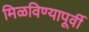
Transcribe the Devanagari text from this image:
मिळविण्यापूर्वी